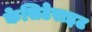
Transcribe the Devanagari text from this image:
केसिटेराइट